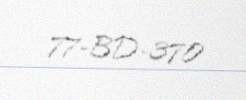
77-BD-370